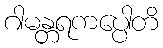
ဂါမန္တရကပ္ပေါတိ